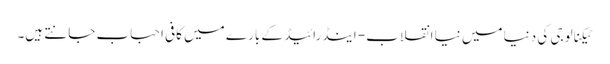
ٹیکنالوجی کی دنیا میں نیا انقلاب- اینڈرائیڈ کے بار ے میں کافی احباب جانتے ہیں۔